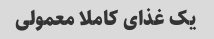
یک غذای کاملا معمولی